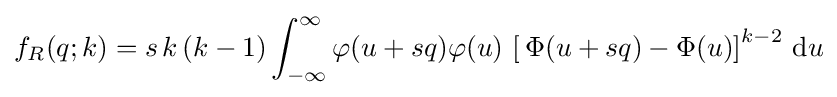
f_{R}(q;k)=s\,k\,(k-1)\int _{-\infty }^{\infty }\varphi (u+sq)\varphi (u)\,\left[\,\Phi (u+sq)-\Phi (u)\right]^{k-2}\,\mathrm {d} u